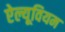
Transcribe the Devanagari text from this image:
ऐल्यूवियम